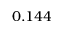
0 . 1 4 4